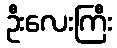
ဦးလေးကြီး